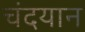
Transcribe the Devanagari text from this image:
चंदयान